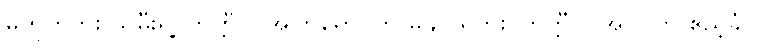
မဟုတ်ဘူး သမီးရဲ့၊ ကတ္တီပါ အပြာရောင်ကို မချုပ်ရဘူး၊ ကတ္တီပါ အပြာက ဧည့်ခံပွဲ